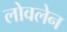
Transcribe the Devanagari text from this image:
लोवलेन